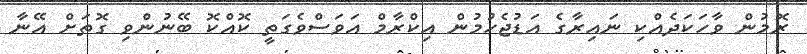
ރޮމުން ވާހަކަދެއްކި ނައިރާގެ އަޑުޖެހުމުން އިކްރާމް އަވަސްވެގަތީ ކޮއްކޮ ބޭނުންވި ގޮތަށް އޭނާ